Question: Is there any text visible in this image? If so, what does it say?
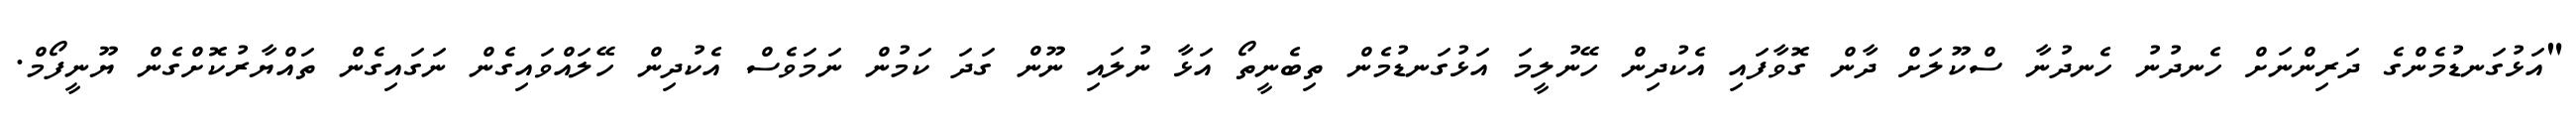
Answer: "އަޅުގަނޑުމެންގެ ދަރިންނަށް ހެނދުނު ހެނދުނާ ސްކޫލަށް ދާން ގޮވާފައި އެކުދިން ހޭނުލީމަ އަޅުގަނޑުމެން ތިބެނީތޯ އަޅާ ނުލައި ނޫން ގަދަ ކަމުން ނަމަވެސް އެކުދިން ހޭލައްވައިގެން ނަގައިގެން ތައްޔާރުކޮށްގެން ޔޫނީފޯމް.